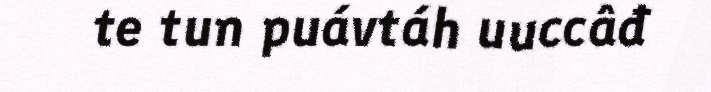
te tun puávtáh uuccâđ